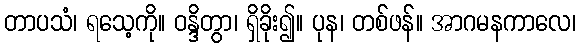
တာပသံ၊ ရသေ့ကို။ ဝန္ဒိတွာ၊ ရှိခိုး၍။ ပုန၊ တစ်ဖန်။ အာဂမနကာလေ၊